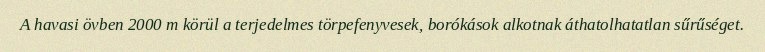
A havasi övben 2000 m körül a terjedelmes törpefenyvesek, borókások alkotnak áthatolhatatlan sűrűséget.